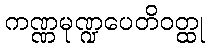
ကဏ္ဏမုဏ္ဍပေတိဝတ္ထု